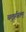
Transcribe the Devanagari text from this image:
चतुर्हस्तम्